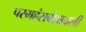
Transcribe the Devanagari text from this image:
परमहंसवंशावली